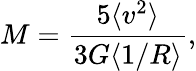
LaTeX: M=\frac{5\langle v^{2}\rangle}{3G\langle 1/R\rangle},